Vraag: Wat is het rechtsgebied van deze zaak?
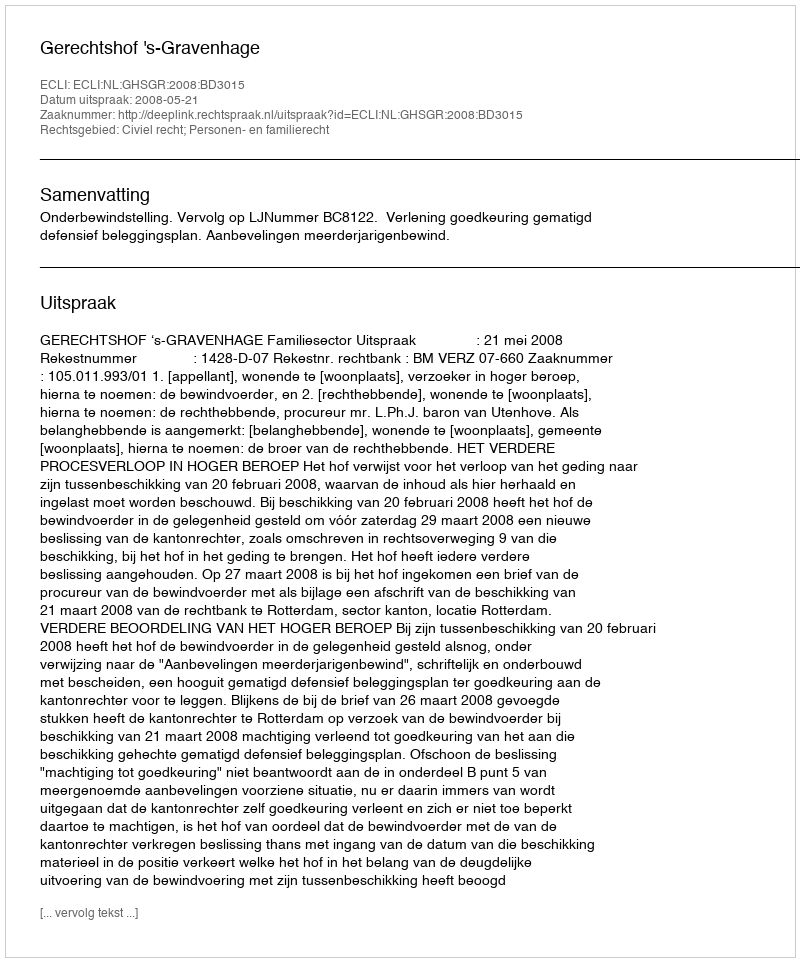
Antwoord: Civiel recht; Personen- en familierecht